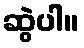
ဆွဲပါ။